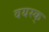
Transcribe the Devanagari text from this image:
वयस्क्